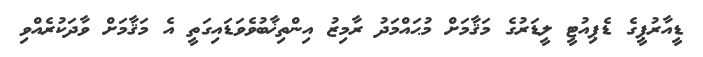
ޑީއާރުޕީގެ ޑެޕިއުޓީ ލީޑަރުގެ މަޤާމަށް މުޙައްމަދު ރާމިޒު އިންތިޚާބުވެވަޑައިގަތީ އެ މަޤާމަށް ވާދަކުރެއްވި